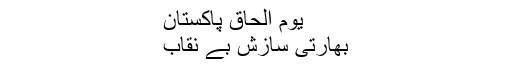
یوم الحاق پاکستان
بھارتی سازش بے نقاب